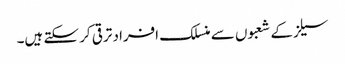
سیلزکے شعبوں سے منسلک افراد ترقی کر سکتے ہیں۔